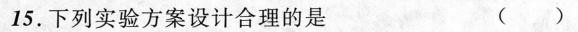
15.下列实验方案设计合理的是 （ ）